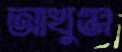
আখুঞ্জ